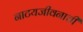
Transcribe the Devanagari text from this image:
नाटयजीवनाची